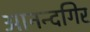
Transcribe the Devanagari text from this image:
आनन्दगिर